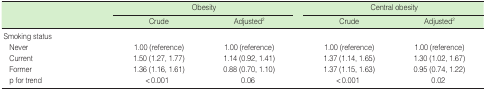
<table><thead><tr><td rowspan="2"></td><td colspan="2"><b>Obesity</b></td><td colspan="2"><b>Central obesity</b></td></tr><tr><td><b>Crude</b></td><td><b>Adjusted<sup>2</sup></b></td><td><b>Crude</b></td><td><b>Adjusted<sup>2</sup></b></td></tr></thead><tbody><tr><td>Smoking status</td><td></td><td></td><td></td><td></td></tr><tr><td> Never</td><td>1.00 (reference)</td><td>1.00 (reference)</td><td>1.00 (reference)</td><td>1.00 (reference)</td></tr><tr><td> Current</td><td>1.50 (1.27, 1.77)</td><td>1.14 (0.92, 1.41)</td><td>1.37 (1.14, 1.65)</td><td>1.30 (1.02, 1.67)</td></tr><tr><td> Former</td><td>1.36 (1.16, 1.61)</td><td>0.88 (0.70, 1.10)</td><td>1.37 (1.15, 1.63)</td><td>0.95 (0.74, 1.22)</td></tr><tr><td> p for trend</td><td>&lt; 0.001</td><td>0.06</td><td>&lt;0.001</td><td>0.02</td></tr></tbody></table>